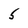
Character: 5